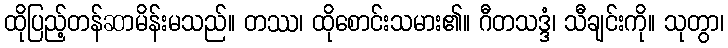
ထိုပြည့်တန်ဆာမိန်းမသည်။ တဿ၊ ထိုစောင်းသမား၏။ ဂီတသဒ္ဒံ၊ သီချင်းကို။ သုတွာ၊